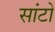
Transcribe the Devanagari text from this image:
सांटो